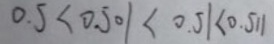
0 . 5 < 0 . 5 0 1 < 0 . 5 1 < 0 . 5 1 1